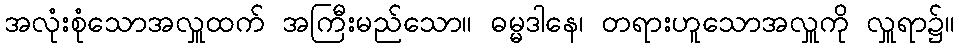
အလုံးစုံသောအလှူထက် အကြီးမည်သော။ ဓမ္မဒါနေ၊ တရားဟူသောအလှူကို လှူရာ၌။